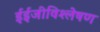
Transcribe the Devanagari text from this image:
ईईजीविश्लेषण